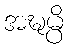
အဍ္ဎမ္ပိ